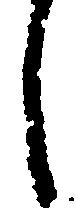
し